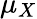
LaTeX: \mu_{X}